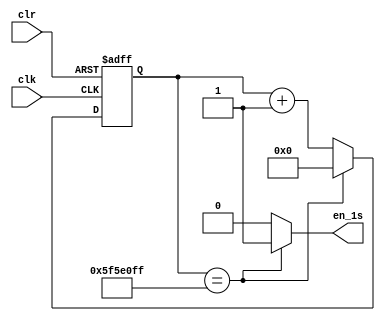
`timescale 1ns / 1ps
//////////////////////////////////////////////////////////////////////////////////
// Company: 
// Engineer: 
// 
// Design Name: 
// Module Name: modcnt
// Project Name: 
// Target Devices: 
// Tool Versions: 
// Description: 
// 
// Dependencies: 
// 
// Revision:
// Revision 0.01 - File Created
// Additional Comments:
// 
//////////////////////////////////////////////////////////////////////////////////


module modcnt(
    input wire clr,
    input wire clk,
    output wire en_1s
    );
    reg [31:0] q;
    always @ (posedge clk or posedge clr)
    begin
    if (clr == 1)
        q <= 0;
    else if (q == 99999999)
        q <= 0;
    else q <= q + 1;
    end
    assign en_1s = (q == 99999999) ? 1'b1 : 1'b0;
endmodule